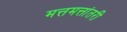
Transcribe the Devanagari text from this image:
मत्तमत्तांतरी